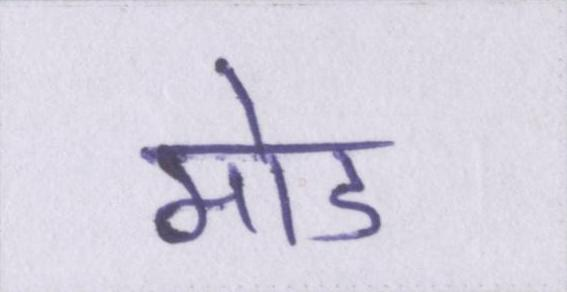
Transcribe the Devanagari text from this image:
मोड